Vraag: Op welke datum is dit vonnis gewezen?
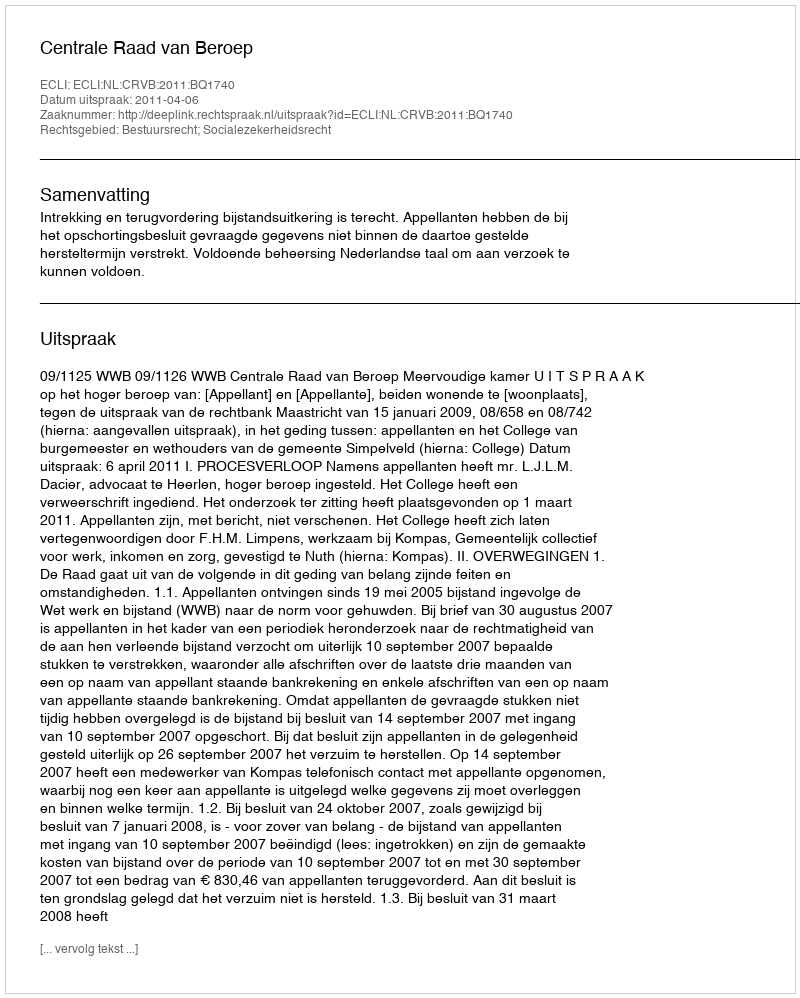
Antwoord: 2011-04-06